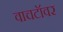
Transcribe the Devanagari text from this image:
वाचटॉवर